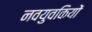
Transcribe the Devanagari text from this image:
नवयुवकियों